Report of the Hyderabad Chloroform Commission
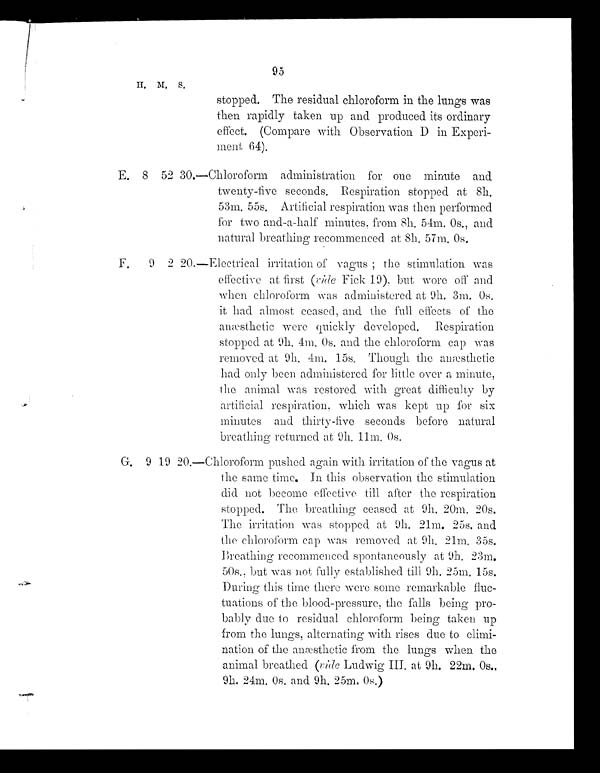
95
H . M .
S .
stopped. The residual chloroform in the lungs was
t h e n r a p i d l y t a k e n u p a n d p r o d u c e d i t s o r d i n a r y
effect. (Compare with Observation D in Experi-
ment 64)
E .
8 52 30.—Chloroform administration for one minute and
twenty-five seconds. R espiration stopped at 8h.
53m. 55s. Artificial respiration was then perform
ed for two and-a-half minutes, from 8h. 54m. 0s., and
natural breathing recommenced at 8h. 57m. 0s.
F . 9 2 2 0 . — E l e c t r i c a l i r r i t a t i o n o fv
a g u s ;
the stimulation was
effective at first (vide Fick 19). but wore off and
when chloroform was administered at 9h. 3m. 0s.
it had almost ceased, and the full effects of the
anæ sthetic were quickly developed. Respiration
stopped at 9h. 4m. 0s. and the chloroform cap was
removed at 9h. 4m. 15s. Though the anæ sthetic
had only been administered for little over a minute,
the animal was restored with great difficulty
by
artificial respiration, which was kept up for six
minutes and thirty-five seconds before natural
b r e a t h i n g r e t u r n e d a t 9 h . 1 1 m .
0 s .
G . 9 1 9 2 0 . — C h l o r o f o r m p u s h e d a g a i n w i t h i r r i t a t i o n o f t h ev
a g u s
at
the same time. In this observation the stimulation
did not become effective till after the respiration
stopped. The breathing ceased at 9h. 20m. 20s.
The irritation was stopped at 9h. 21m. 25s. and
the chloroform cap was removed at 9h. 21m. 35s.
Breathing recommenced spontaneously at 9h. 23m.
50s., but was not fully established till 9h. 25m 15s.
During this time there were some remarkable fluc-
tuations of the blood-pressure, the falls being pro-
bably due to residual chloroform being taken up
from the lungs, alternating with rises due to elimi-
nation of the anæ sthetic from the lungs when the
animal breathed (vide Ludwig III. at 9h. 22m. 0s.,
9h. 24m. 0s . a nd 9h. 25m. 0s . )